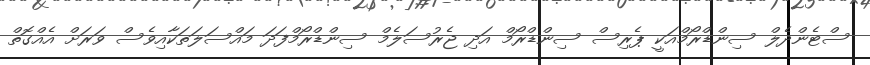
ސްޓެންދެލް ސިންޑްރޯމްއަކީ ޕެރިސް ސިންޑްރޯމް އަދި ޖެރުސަލެމް ސިންޑްރޯމްފަދަ މައްސަލަތަކާއިވެސް ވަރަށް އެއްގޮތް